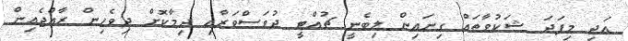
އަދި މިފަދަ ޝަކުވާތައް ގިނައިން ލިބެނީ ޗުއްޓީ ދުވަސްވަރާއި ދިމާކޮށް ދިވެހިން ރާއްޖެއިން